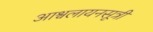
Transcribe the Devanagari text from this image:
आश्वलायनसूत्री